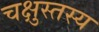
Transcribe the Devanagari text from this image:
चक्षुस्तस्य